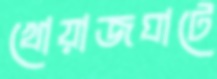
খোয়াজঘাটে